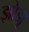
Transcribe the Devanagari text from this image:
झोझू